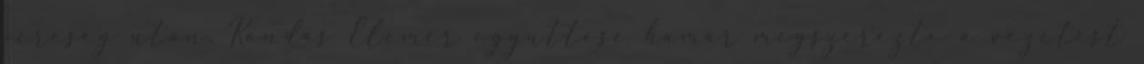
vereség után. Kondás Elemér együttese hamar megszerezte a vezetést